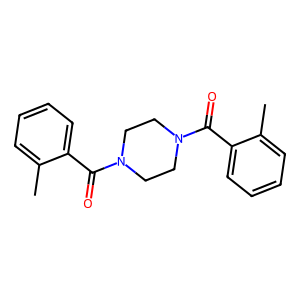
SMILES: Cc1ccccc1C(=O)N1CCN(C(=O)c2ccccc2C)CC1
Inhibits HIV replication: No